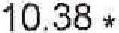
10.38 *